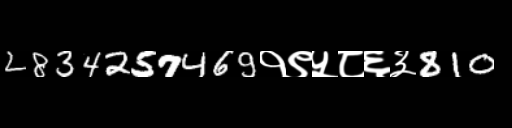
Text: 2834257469१९५८६३810